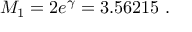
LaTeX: M _ { 1 } = 2 e ^ { \gamma } = 3 . 5 6 2 1 5 \; .